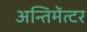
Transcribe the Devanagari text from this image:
अन्तिमेंत्टर